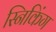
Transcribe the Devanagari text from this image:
स्निकिंग